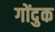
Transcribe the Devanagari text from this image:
गोंदुक